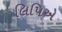
લિપિએ